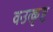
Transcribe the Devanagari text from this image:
वउत्कृष्ट